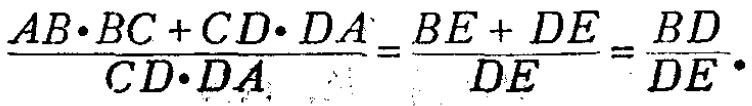
\(\frac{AB\cdot BC + CD\cdot DA}{CD\cdot DA}=\frac{BE + DE}{DE}=\frac{BD}{DE}.\)